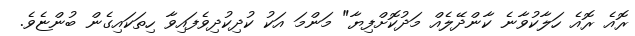
ރޮއެ ރޮއެ ހަލާކުވާނެ ކާންދޭލެއް މަދުކޮށްފިޔާ" މަންމަ އަކު ކުދިކުދިވެފައިވާ ހިތަކައިގެން ބުންޏެވެ.